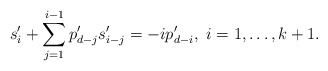
\begin{align*} s_i'+\sum_{j=1}^{i-1}p'_{d-j}s'_{i-j}=-ip'_{d-i},~i=1,\dots,k+1. \end{align*}